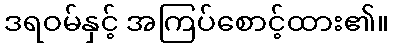
ဒရဝမ်နှင့် အကြပ်စောင့်ထား၏။